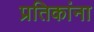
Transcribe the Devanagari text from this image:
प्रतिकांना